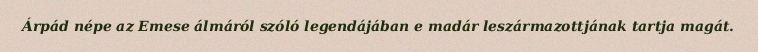
Árpád népe az Emese álmáról szóló legendájában e madár leszármazottjának tartja magát.